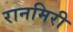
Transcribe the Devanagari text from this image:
रानमिरी